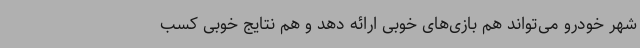
شهر خودرو می‌تواند هم بازی‌های خوبی ارائه دهد و هم نتایج خوبی کسب